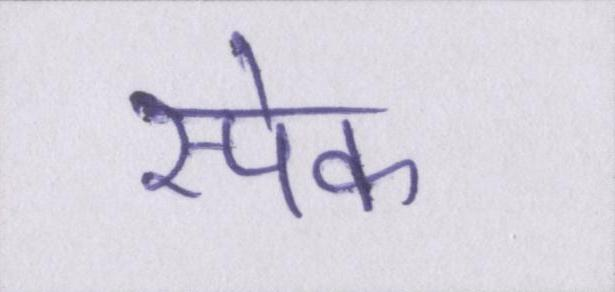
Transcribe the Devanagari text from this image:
स्पेक